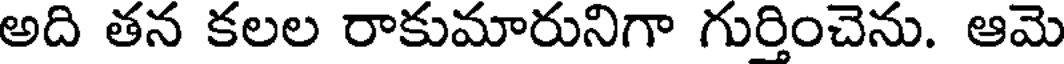
అది తన కలల రాకుమారునిగా గుర్తించెను. ఆమె